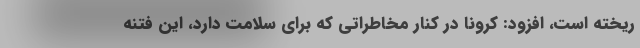
ریخته است، افزود: کرونا در کنار مخاطراتی که برای سلامت دارد، این فتنه